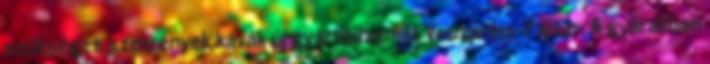
szükséges szekrények kávák új gyártóüzemét Veszprém-Fajsz . A gyárakban